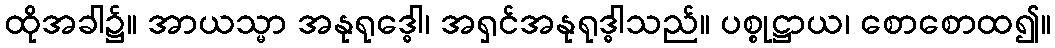
ထိုအခါ၌။ အာယသ္မာ အနုရုဒ္ဓေါ၊ အရှင်အနုရုဒ္ဓါသည်။ ပစ္စုဋ္ဌာယ၊ စောစောထ၍။